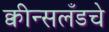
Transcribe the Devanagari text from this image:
क्वीन्सलँडचे